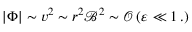
\left| \Phi \right| \sim v ^ { 2 } \sim r ^ { 2 } \mathcal { B } ^ { 2 } \sim \mathcal O \left( \varepsilon ^ { } \ll 1 \, . \right)